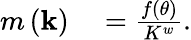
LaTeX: \begin{array}{rl}{m\left(\mathbf{k}\right)}&{{}=\frac{f\left(\theta\right)}{K^{w}}.}\end{array}